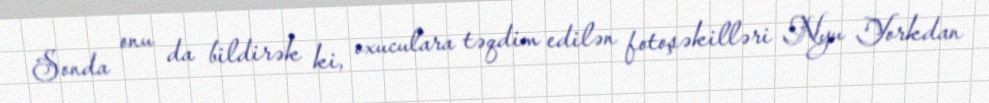
Sonda onu da bildirək ki, oxuculara təqdim edilən fotoşəkilləri Nyu Yorkdan